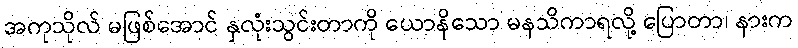
အကုသိုလ် မဖြစ်အောင် နှလုံးသွင်းတာကို ယောနိသော မနသိကာရလို့ ပြောတာ၊ နားက